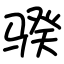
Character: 骙